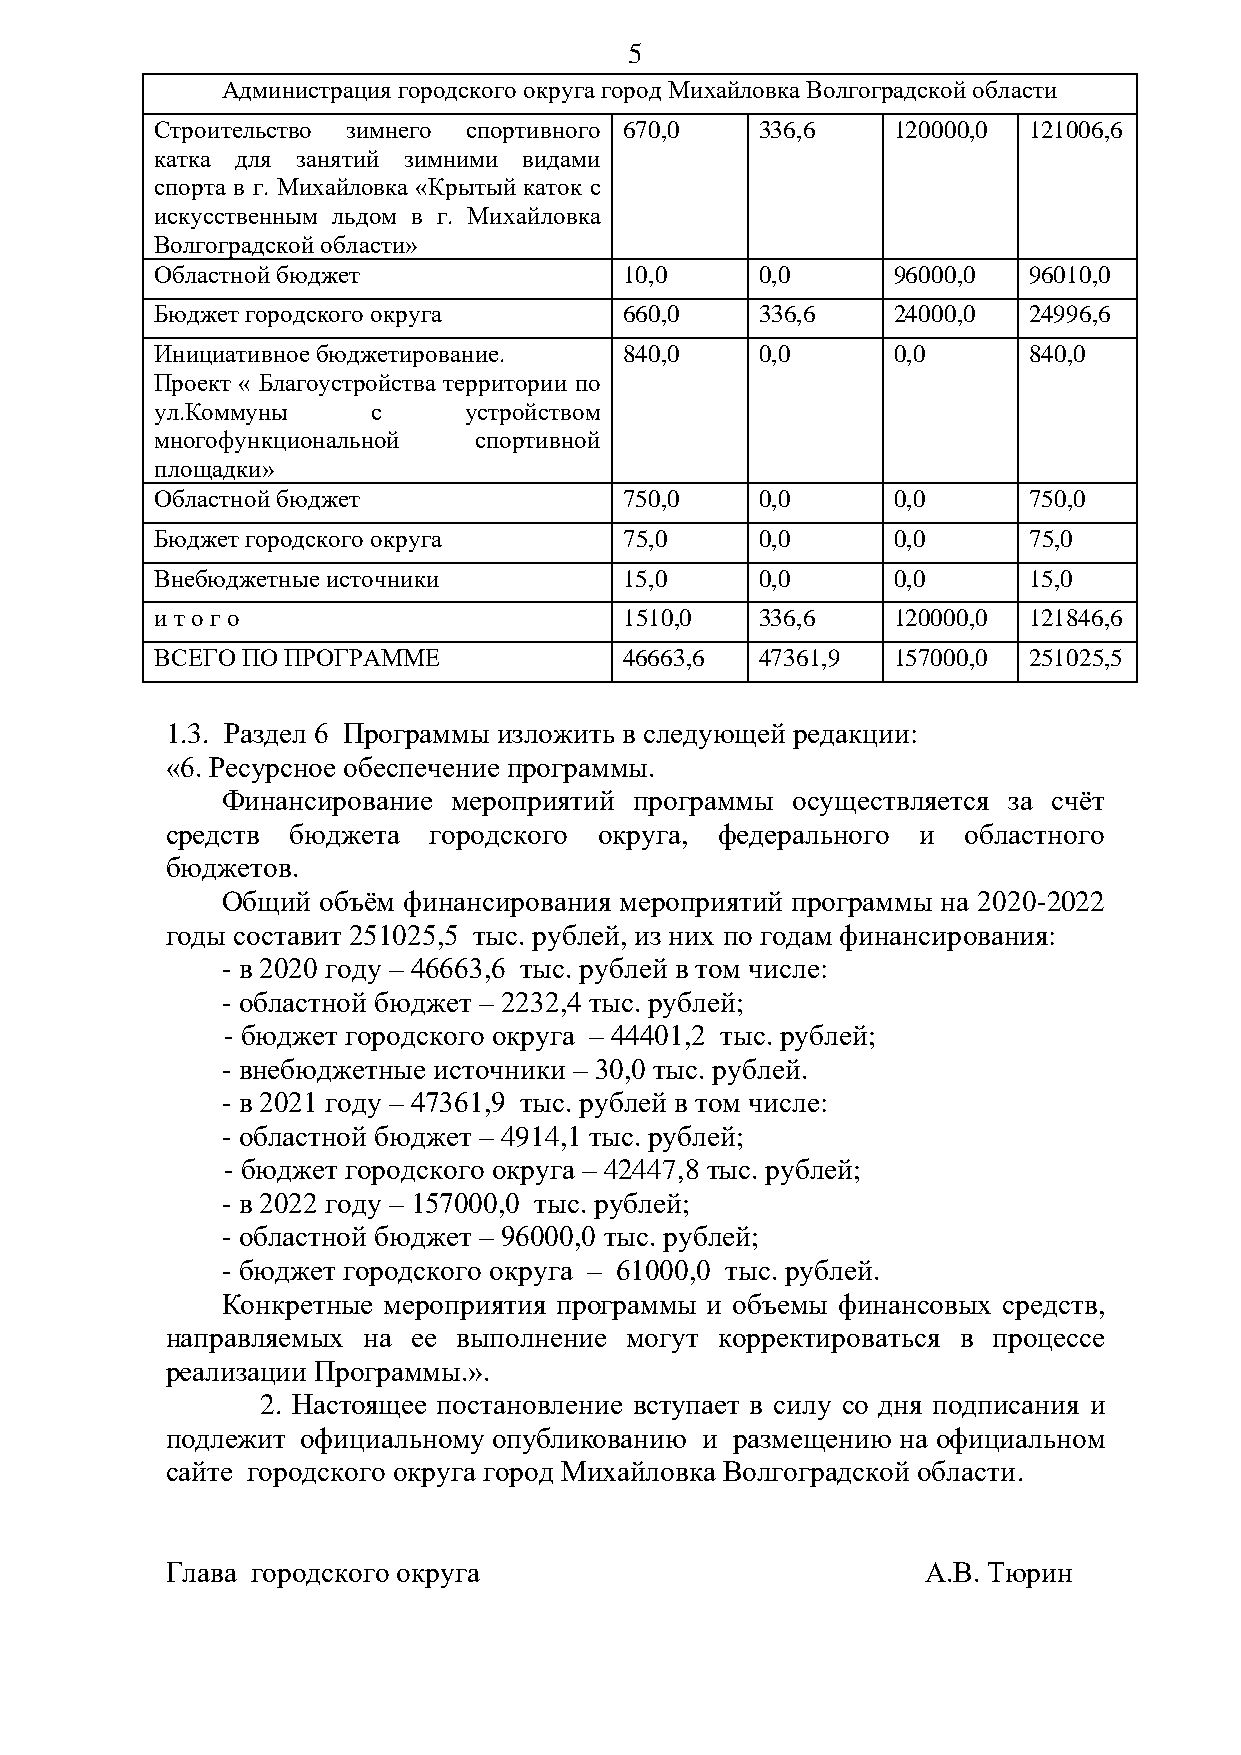
5
 Администрация городского округа город Михайловка Волгоградской области
 Строительство зимнего спортивного 670,0 336,6    120000,0 121006,6
 катка для занятий зимними видами
 спорта в г. Михайловка «Крытый каток с
 искусственным льдом в г. Михайловка
 Волгоградской области»
 Областной бюджет               10,0     0,0      96000,0  96010,0
 Бюджет городского округа       660,0    336,6    24000,0  24996,6
 Инициативное бюджетирование.   840,0    0,0      0,0      840,0
 Проект « Благоустройства территории по
 ул.Коммуны     с     устройством
 многофункциональной  спортивной
 площадки»
 Областной бюджет               750,0    0,0      0,0      750,0
 Бюджет городского округа       75,0     0,0      0,0      75,0
 Внебюджетные источники         15,0     0,0      0,0      15,0
 и т о г о                      1510,0   336,6    120000,0 121846,6
 ВСЕГО ПО ПРОГРАММЕ             46663,6  47361,9  157000,0 251025,5
 1.3. Раздел 6 Программы изложить в следующей редакции:
 «6. Ресурсное обеспечение программы.
 Финансирование мероприятий программы осуществляется за счёт
 средств бюджета  городского  округа, федерального и  областного
 бюджетов.
 Общий объём финансирования мероприятий программы на 2020-2022
 годы составит 251025,5 тыс. рублей, из них по годам финансирования:
 - в 2020 году – 46663,6 тыс. рублей в том числе:
 - областной бюджет – 2232,4 тыс. рублей;
 - бюджет городского округа – 44401,2 тыс. рублей;
 - внебюджетные источники – 30,0 тыс. рублей.
 - в 2021 году – 47361,9 тыс. рублей в том числе:
 - областной бюджет – 4914,1 тыс. рублей;
 - бюджет городского округа – 42447,8 тыс. рублей;
 - в 2022 году – 157000,0 тыс. рублей;
 - областной бюджет – 96000,0 тыс. рублей;
 - бюджет городского округа – 61000,0 тыс. рублей.
 Конкретные мероприятия программы и объемы финансовых средств,
 направляемых на ее выполнение могут  корректироваться в процессе
 реализации Программы.».
 2. Настоящее постановление вступает в силу со дня подписания и
 подлежит официальному опубликованию и размещению на официальном
 сайте городского округа город Михайловка Волгоградской области.
 Глава городского округа                           А.В. Тюрин